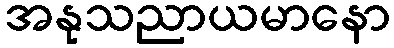
အနုသညာယမာနော